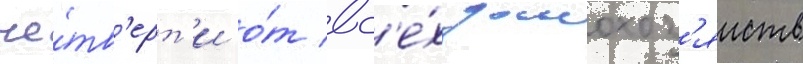
че́тв'ерт'и о́т вс'е́х домохоз'яиств